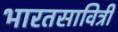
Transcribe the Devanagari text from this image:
भारतसावित्री